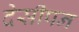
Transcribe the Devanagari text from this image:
देसीपन